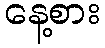
နေ့စား